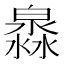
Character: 𤀁